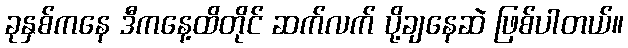
ခုနှစ်ကနေ ဒီကနေ့ထိတိုင် ဆက်လက် ပို့ချနေဆဲ ဖြစ်ပါတယ်။